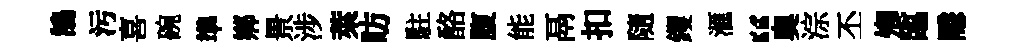
鵠汚喜碗準鄕景涉萊昉駐酪腹能鬲扣隨钁滙“奥淙丕𡖖臨隱